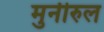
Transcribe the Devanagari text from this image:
मुनीरुल